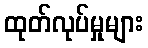
ထုတ်လုပ်မှုများ